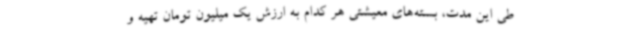
طی این مدت، بسته‌های معیشتی هر کدام به ارزش یک میلیون تومان تهیه و